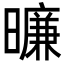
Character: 𬁛